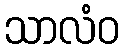
သာလံဝ